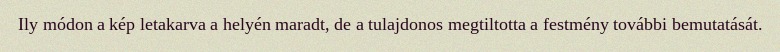
Ily módon a kép letakarva a helyén maradt, de a tulajdonos megtiltotta a festmény további bemutatását.